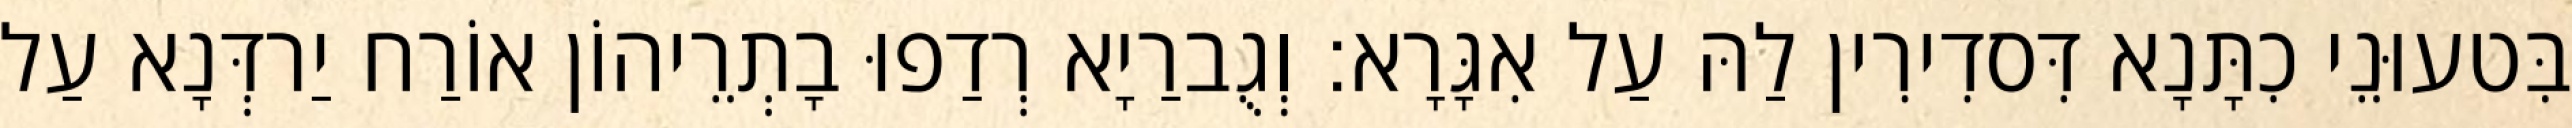
בִּטעוּנֵי כִתָּנָא דִּסדִירִין לַהּ עַל אִגָּרָא׃ וְגֻברַיָא רְדַפוּ בָתְרֵיהוֹן אוֹרַח יַרדְּנָא עַל